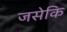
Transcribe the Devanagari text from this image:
जसेकि